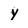
Character: y